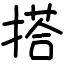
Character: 搭